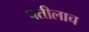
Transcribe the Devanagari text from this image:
पतीलाच